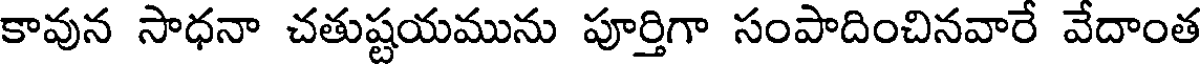
కావున సాధనా చతుష్టయమును పూర్తిగా సంపాదించినవారే వేదాంత